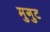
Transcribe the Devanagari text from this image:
मुगुट